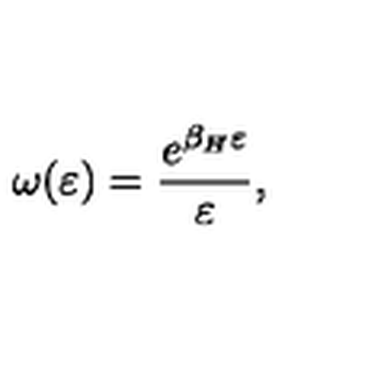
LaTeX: \omega ( \varepsilon ) = { \frac { e ^ { \beta _ { H } \varepsilon } } { \varepsilon } } ,